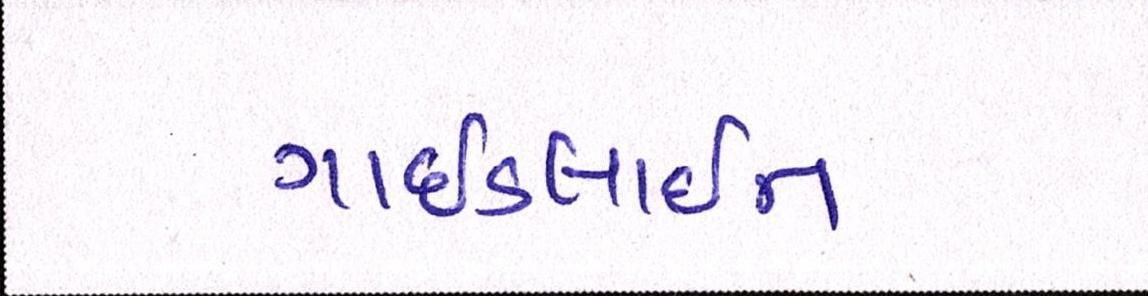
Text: ગાઈડલાઈન